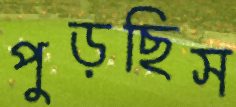
পুড়ছিস